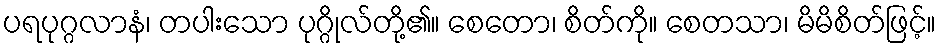
ပရပုဂ္ဂလာနံ၊ တပါးသော ပုဂ္ဂိုလ်တို့၏။ စေတော၊ စိတ်ကို။ စေတသာ၊ မိမိစိတ်ဖြင့်။